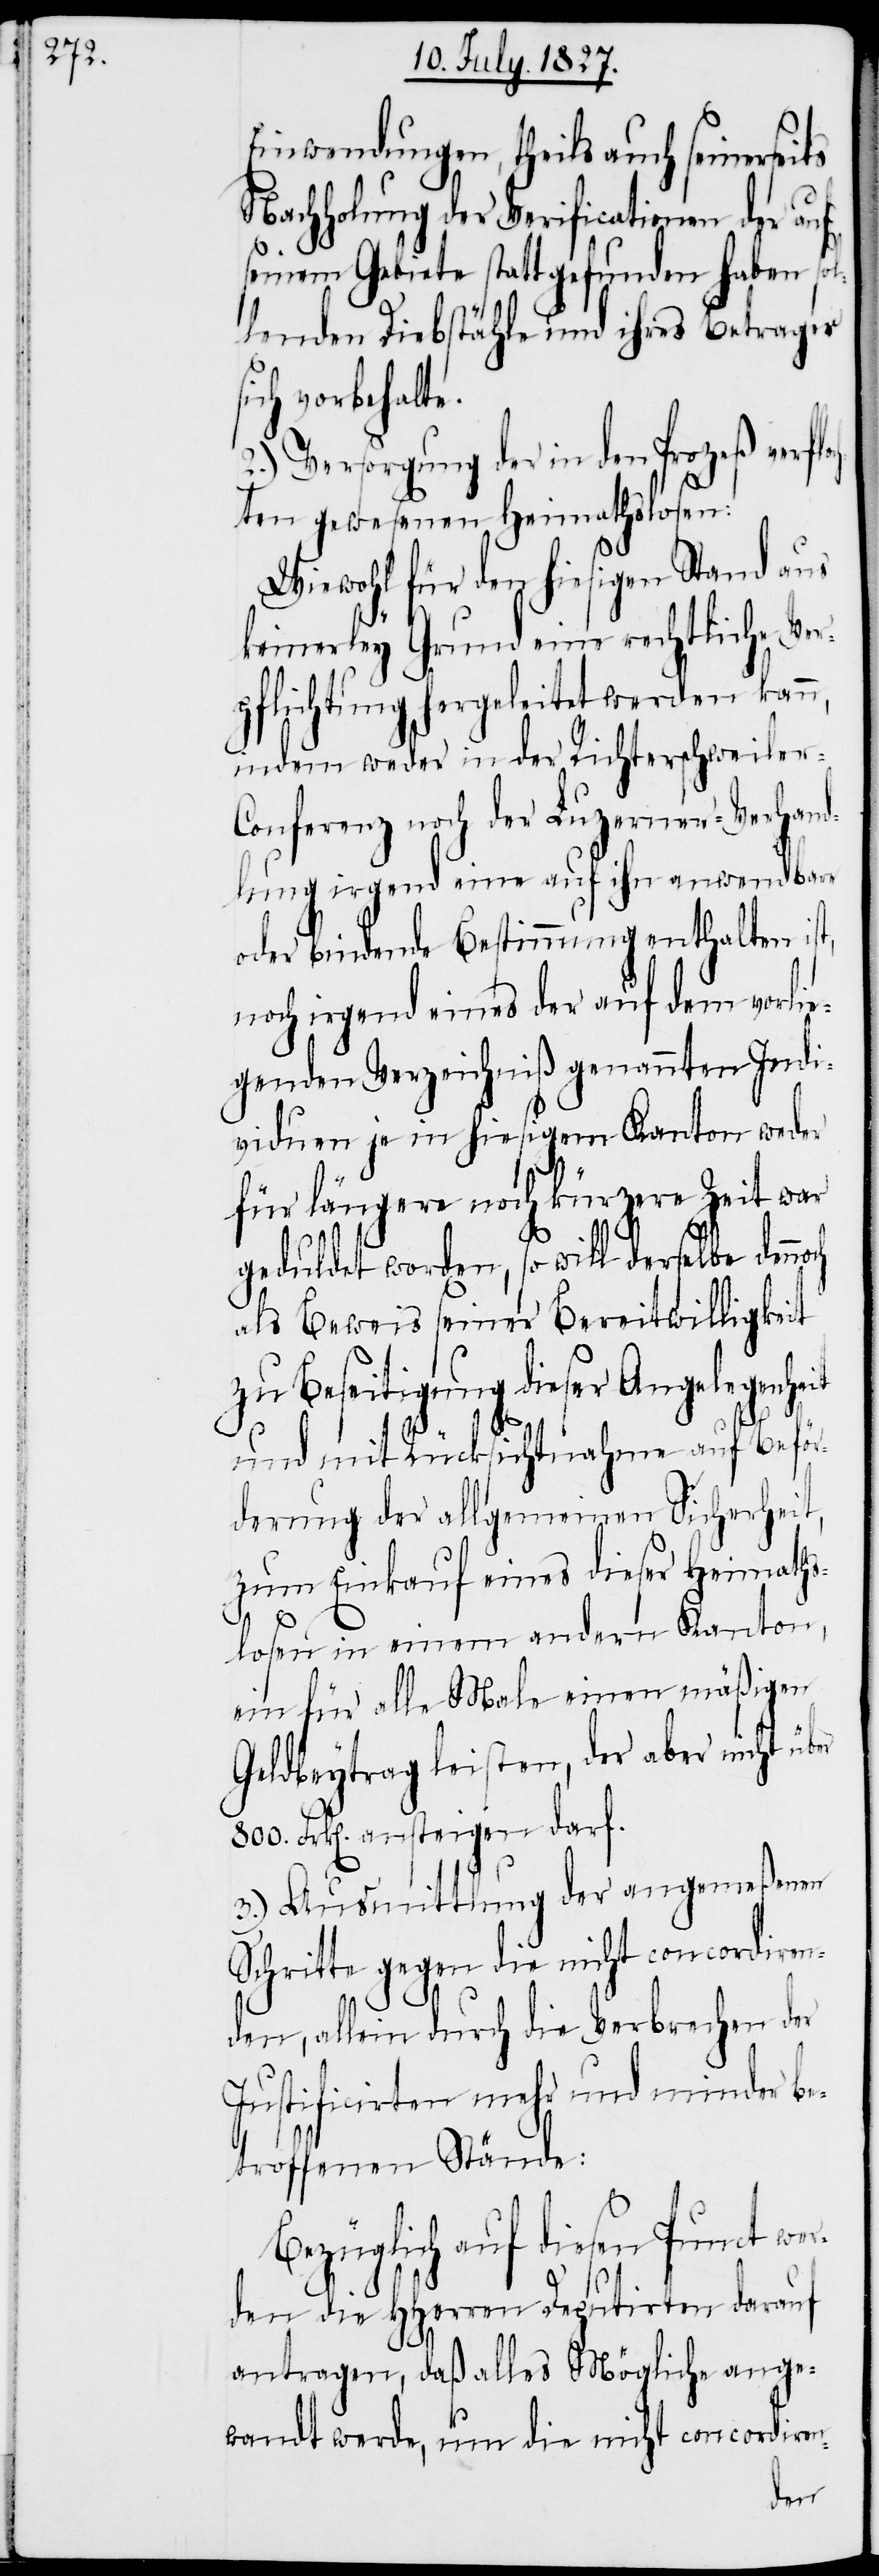
n,

Einwendungen, theils auch seinerseits
Nachholung der Verificationen der auf
seinem Gebiete statt gefunden haben sol¬
lenden Diebstähle und ihres Betrages
ich vorbehalte.
2.) Versorgung der in den Prozeß verflo¬
chten gewesenen Heimathslosen:
Wiewohl für den hiesigen Stand aus
keinerley Grund eine rechtliche Ver¬
pflichtung hergeleitet werden kan¬
indem weder in der Richterschweiler-C¬
onferenz noch der Luzerner-Verhand¬
lung irgend eine auf ihn anwendbar
oder bindende Bestimmung enthalten ist,
noch irgend eines der auf dem vorlie¬
genden Verzeichniß genannten Indi¬
viduen je in hiesigem Kanton weder
für längere noch kürzere Zeit war
er
geduldet worden, so will derselbe dennoch
als Beweis seiner Bereitwilligkeit
zu Beseitigung dieser Angelegenheit
und mit Rücksichtnahme auf Beför¬
derung der allgemeinen Sicherheit,
zum Einkauf eines dieser Heimaths¬
losen in einem andern Kanton,
ein für alle Male einen mäßigen
Geldbeytrag leisten, der aber nicht üb¬
800. Frk[en]. ansteigen darf.
3.) Ausmittlung der angemeßenen
Schritte gegen die nicht concordiren¬
den, allein durch die Verbrechen der
Justificirten mehr und minder be¬
troffenen Stände:
Bezüglich auf diesen Punct wer¬
den die HHerren Deputirten darauf
antragen, daß alles Mögliche ange¬
wandt werde, um die nicht concordiren-